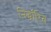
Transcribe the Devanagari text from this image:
निर्द्धारित